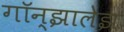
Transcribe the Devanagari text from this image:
गॉन्झालेझ